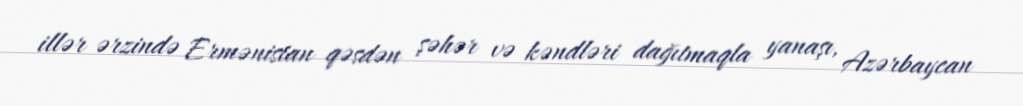
illər ərzində Ermənistan qəsdən şəhər və kəndləri dağıtmaqla yanaşı, Azərbaycan